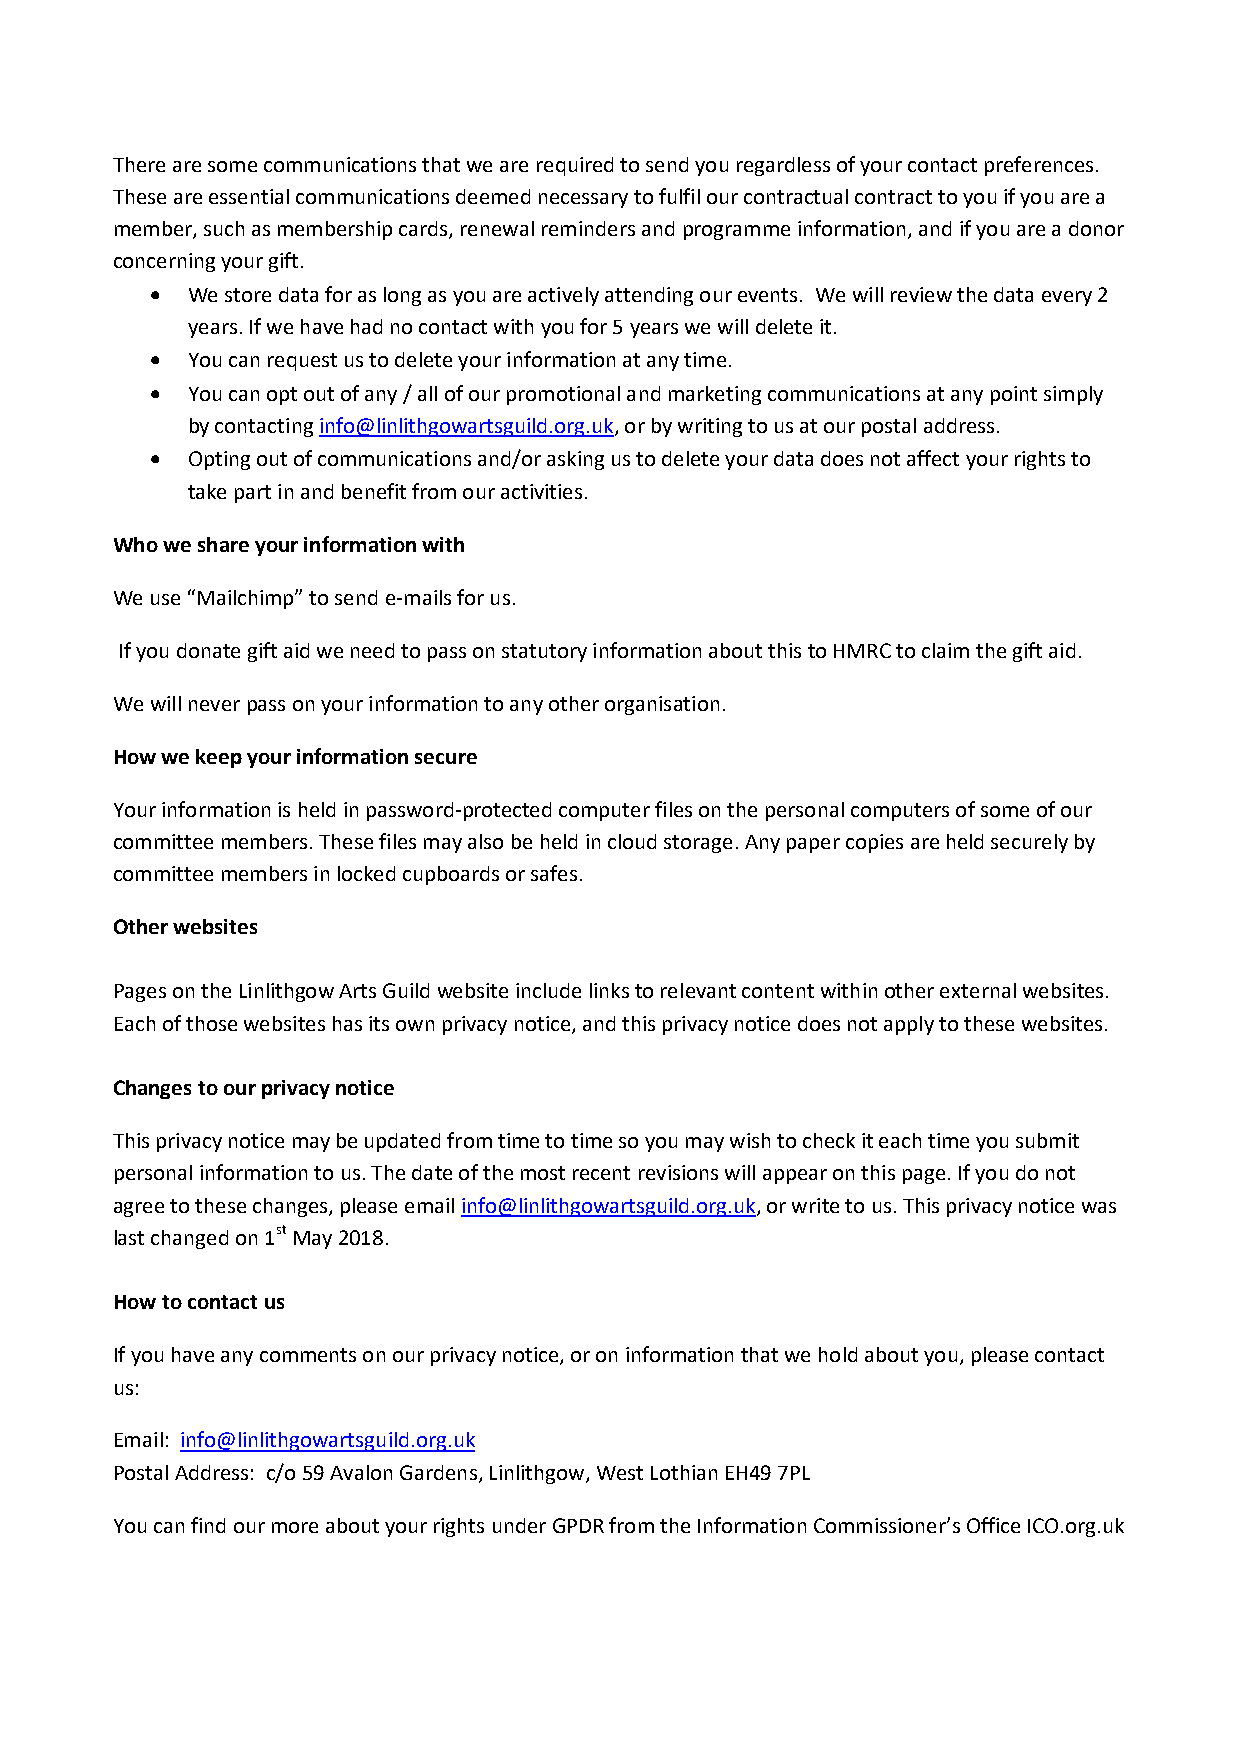
There are some communications that we are required to send you regardless of your contact preferences.
 These are essential communications deemed necessary to fulfil our contractual contract to you if you are a
 member, such as membership cards, renewal reminders and programme information, and if you are a donor
 concerning your gift.
  We store data for as long as you are actively attending our events. We will review the data every 2
 years. If we have had no contact with you for 5 years we will delete it.
  You can request us to delete your information at any time.
  You can opt out of any / all of our promotional and marketing communications at any point simply
 by contacting info@linlithgowartsguild.org.uk, or by writing to us at our postal address.
  Opting out of communications and/or asking us to delete your data does not affect your rights to
 take part in and benefit from our activities.
 Who we share your information with
 We use “Mailchimp” to send e-mails for us.
 If you donate gift aid we need to pass on statutory information about this to HMRC to claim the gift aid.
 We will never pass on your information to any other organisation.
 How we keep your information secure
 Your information is held in password-protected computer files on the personal computers of some of our
 committee members. These files may also be held in cloud storage. Any paper copies are held securely by
 committee members in locked cupboards or safes.
 Other websites
 Pages on the Linlithgow Arts Guild website include links to relevant content within other external websites.
 Each of those websites has its own privacy notice, and this privacy notice does not apply to these websites.
 Changes to our privacy notice
 This privacy notice may be updated from time to time so you may wish to check it each time you submit
 personal information to us. The date of the most recent revisions will appear on this page. If you do not
 agree to these changes, please email info@linlithgowartsguild.org.uk, or write to us. This privacy notice was
 last changed on 1st May 2018.
 How to contact us
 If you have any comments on our privacy notice, or on information that we hold about you, please contact
 us:
 Email: info@linlithgowartsguild.org.uk
 Postal Address: c/o 59 Avalon Gardens, Linlithgow, West Lothian EH49 7PL
 You can find our more about your rights under GPDR from the Information Commissioner’s Office ICO.org.uk